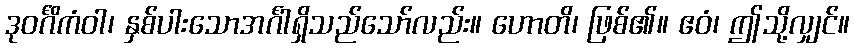
ဒုဝင်္ဂိကံဝါ၊ နှစ်ပါးသောအင်္ဂါရှိသည်သော်လည်း။ ဟောတိ၊ ဖြစ်၏။ ဧဝံ၊ ဤသို့လျှင်။